Indian Civil Veterinary Department memoirs
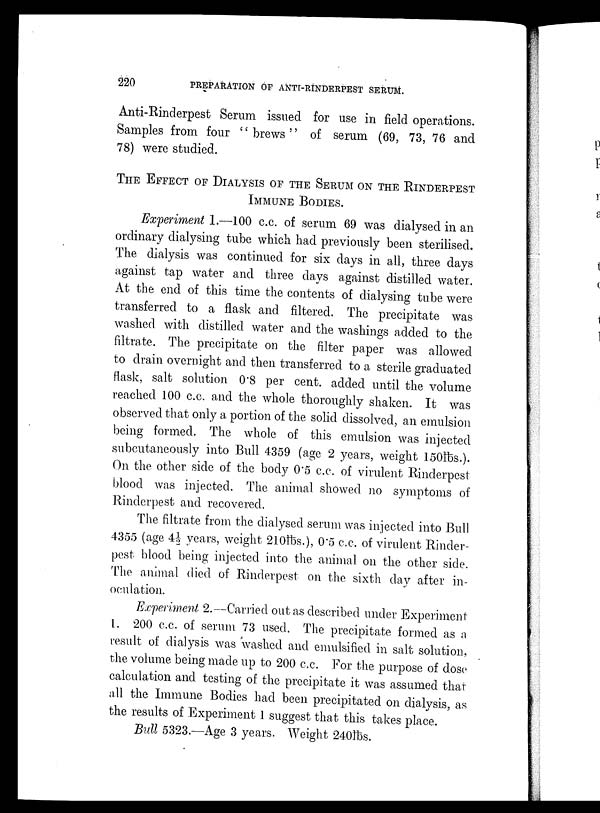
220
PREPARATION OF ANTI-RINDERPEST SERUM.
Anti-Rinderpest Serum issued for use in field operations.
Samples from four ''brews'' of serum (69, 73, 76 and
78) were studied.
THE EFFECT OF DIALYSIS OF THE SERUM ON THE RINDERPEST
IMMUNE BODIES.
Experiment 1.—100 c.c. of serum 69 was dialysed in an
ordinary dialysing tube which had previously been sterilised.
The dialysis was continued for six days in all, three days
against tap water and three days against distilled water.
At the end of this time the contents of dialysing tube were
transferred to a flask and filtered. The precipitate was
washed with distilled water and the washings added to the
filtrate. The precipitate on the filter paper was allowed
to drain overnight and then transferred to a sterile graduated
flask, salt solution 0.8 per cent. added until the volume
reached 100 c.c. and the whole thoroughly shaken. It was
observed that only a portion of the solid dissolved, an emulsion
being formed. The whole of this emulsion was injected
subcutaneously into Bull 4359 (age 2 years, weight 150lbs.).
On the other side of the body 0.5 c.c. of virulent Rinderpest
blood was injected. The animal showed no symptoms of
Rinderpest and recovered.
The filtrate from the dialysed serum was injected into Bull
4355 (age 4½ years, weight 210lbs.), 0.5 c.c. of virulent Rinder-
pest blood being injected into the animal on the other side.
The animal died of Rinderpest on the sixth day after in-
oculation.
Experiment 2.—Carried out as described under Experiment
1. 200 c.c. of serum 73 used. The precipitate formed as a
result of dialysis was washed and emulsified in salt solution,
the volume being made up to 200 c.c. For the purpose of dose
calculation and testing of the precipitate it was assumed that
all the Immune Bodies had been precipitated on dialysis, as
the results of Experiment 1 suggest that this takes place.
Bull 5323.—Age 3 years. Weight 240lbs.